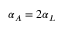
\alpha _ { A } = 2 \alpha _ { L }